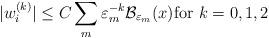
LaTeX: \begin{align*}|w_i^{(k)}|\le C\sum_m\varepsilon_m^{-k}{\cal B}_{\varepsilon_m} (x){\rm for}\,\,k=0,1,2\end{align*}